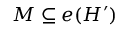
M \subseteq e ( H ^ { \prime } )